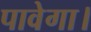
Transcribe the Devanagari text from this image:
पावेगा।